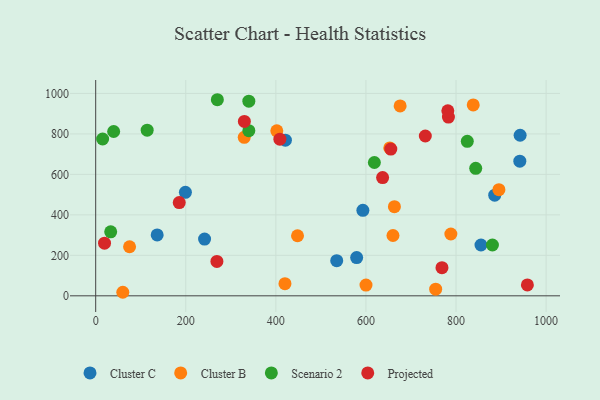
{"axis": {"x": "Ad Spend", "y": "Salary"}, "legend": ["Cluster B", "Cluster C", "Projected", "Scenario 2"], "data": [{"x": "855.4", "y": 251.0, "type": "Cluster C"}, {"x": "535.1", "y": 173.6, "type": "Cluster C"}, {"x": "421.2", "y": 769.2, "type": "Cluster C"}, {"x": "579.4", "y": 189.2, "type": "Cluster C"}, {"x": "941.6", "y": 665.1, "type": "Cluster C"}, {"x": "241.7", "y": 280.5, "type": "Cluster C"}, {"x": "942.3", "y": 793.3, "type": "Cluster C"}, {"x": "136.5", "y": 300.9, "type": "Cluster C"}, {"x": "593.2", "y": 422.2, "type": "Cluster C"}, {"x": "199.2", "y": 511.5, "type": "Cluster C"}, {"x": "885.9", "y": 497.1, "type": "Cluster C"}, {"x": "402.1", "y": 815.1, "type": "Cluster B"}, {"x": "600.1", "y": 53.0, "type": "Cluster B"}, {"x": "838.2", "y": 943.4, "type": "Cluster B"}, {"x": "329.8", "y": 783.1, "type": "Cluster B"}, {"x": "675.9", "y": 938.2, "type": "Cluster B"}, {"x": "754.8", "y": 32.9, "type": "Cluster B"}, {"x": "60.2", "y": 17.5, "type": "Cluster B"}, {"x": "895.2", "y": 524.5, "type": "Cluster B"}, {"x": "448.1", "y": 296.7, "type": "Cluster B"}, {"x": "652.9", "y": 730.9, "type": "Cluster B"}, {"x": "663.2", "y": 440.4, "type": "Cluster B"}, {"x": "75.2", "y": 242.5, "type": "Cluster B"}, {"x": "420.2", "y": 60.2, "type": "Cluster B"}, {"x": "660.0", "y": 298.0, "type": "Cluster B"}, {"x": "788.5", "y": 305.4, "type": "Cluster B"}, {"x": "15.4", "y": 774.8, "type": "Scenario 2"}, {"x": "880.8", "y": 251.1, "type": "Scenario 2"}, {"x": "114.3", "y": 818.2, "type": "Scenario 2"}, {"x": "340.0", "y": 961.6, "type": "Scenario 2"}, {"x": "270.1", "y": 968.9, "type": "Scenario 2"}, {"x": "843.7", "y": 629.9, "type": "Scenario 2"}, {"x": "39.9", "y": 811.9, "type": "Scenario 2"}, {"x": "340.0", "y": 816.0, "type": "Scenario 2"}, {"x": "33.3", "y": 316.4, "type": "Scenario 2"}, {"x": "618.7", "y": 658.7, "type": "Scenario 2"}, {"x": "825.0", "y": 763.5, "type": "Scenario 2"}, {"x": "269.1", "y": 170.1, "type": "Projected"}, {"x": "783.1", "y": 883.3, "type": "Projected"}, {"x": "19.6", "y": 260.1, "type": "Projected"}, {"x": "408.9", "y": 773.8, "type": "Projected"}, {"x": "731.8", "y": 789.7, "type": "Projected"}, {"x": "781.8", "y": 914.1, "type": "Projected"}, {"x": "185.5", "y": 460.9, "type": "Projected"}, {"x": "655.2", "y": 725.1, "type": "Projected"}, {"x": "330.1", "y": 861.5, "type": "Projected"}, {"x": "768.8", "y": 139.2, "type": "Projected"}, {"x": "958.4", "y": 53.7, "type": "Projected"}, {"x": "637.0", "y": 584.4, "type": "Projected"}]}